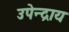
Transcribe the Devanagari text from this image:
उपेन्द्राय